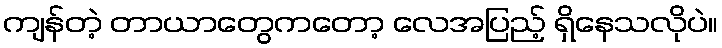
ကျန်တဲ့ တာယာတွေကတော့ လေအပြည့် ရှိနေသလိုပဲ။